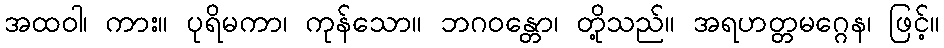
အထဝါ၊ ကား။ ပုရိမကာ၊ ကုန်သော။ ဘဂဝန္တော၊ တို့သည်။ အရဟတ္တမဂ္ဂေန၊ ဖြင့်။